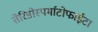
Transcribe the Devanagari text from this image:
तेरिडोस्पर्माटोफाईटा